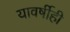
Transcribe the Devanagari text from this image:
यावर्षीही